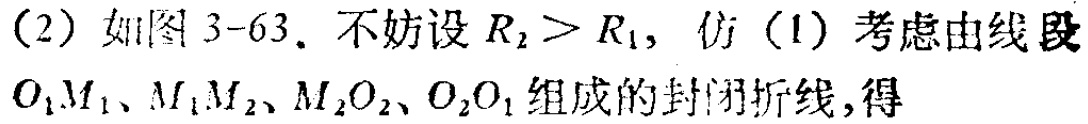
(2) 如图 3-63. 不妨设 \(R_{2}>R_{1}\)，仿 (1) 考虑由线段 \(O_{1}M_{1}、M_{1}M_{2}、M_{2}O_{2}、O_{2}O_{1}\) 组成的封闭折线,得